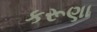
કરૂણા